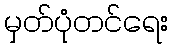
မှတ်ပုံတင်ရေး